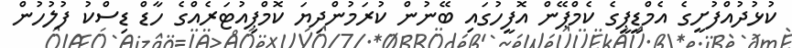
ކުޅުދުއްފުށީގެ އެމްޑީޕީގެ ކެމްޕޭން އޮފީހުގައި ބޭނުން ކުރަމުންދިޔަ ކޮމްޕިއުޓަރެއްގެ ހާޑް ޑިސްކު ފުލުހުން